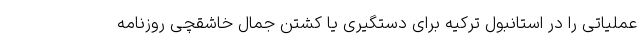
عملیاتی را در استانبول ترکیه برای دستگیری یا کشتن جمال خاشقچی روزنامه